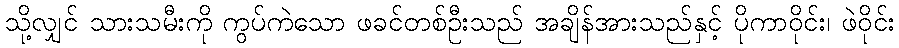
သို့လျှင် သားသမီးကို ကွပ်ကဲသော ဖခင်တစ်ဦးသည် အချိန်အားသည်နှင့် ပိုကာဝိုင်း၊ ဖဲဝိုင်း